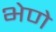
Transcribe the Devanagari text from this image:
भेणे